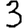
Digit: 3